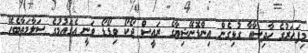
މިފަހަރުގެ ހާދިސާއާ ގުޅިގެން އިންޑޮނޭޝިޔާގެ ރައީސް ޖޯކޯ ވިޑޯޑޯ ވަނީ އެގައުމުގެ ސަލާމަތާބެހޭ